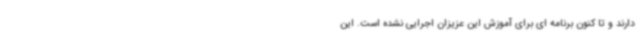
دارند و تا کنون برنامه ای برای آموزش این عزیزان اجرایی نشده است. این